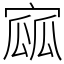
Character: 寙